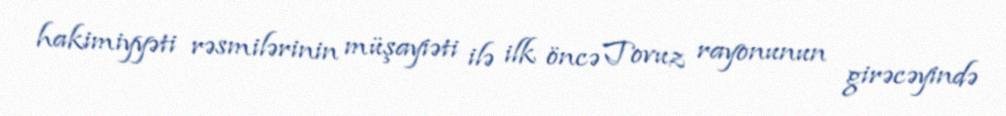
hakimiyyəti rəsmilərinin müşayiəti ilə ilk öncə Tovuz rayonunun girəcəyində